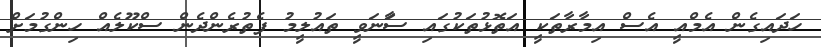
ހަދައިގެން އެމްއީ އެސް އިމާރާތަކީ އަތޮޅުތަކުގައި ސާަނަވީ ތައުލީމު ފެތުރެންދެން ސްކޫލެއް ހިންގުމަށް